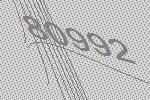
80992